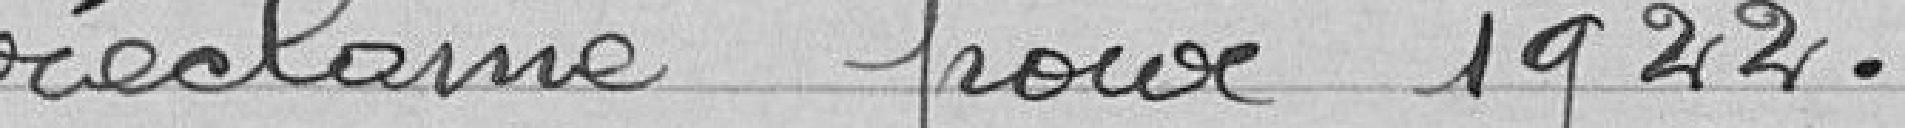
réclamé pour 1922.